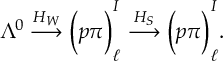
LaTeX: \Lambda ^ { 0 } \stackrel { H _ { W } } { \longrightarrow } \bigg ( p \pi \bigg ) _ { \ell } ^ { I } \stackrel { H _ { S } } { \longrightarrow } \bigg ( p \pi \bigg ) _ { \ell } ^ { I } .